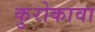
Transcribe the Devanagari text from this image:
कुरोकावा